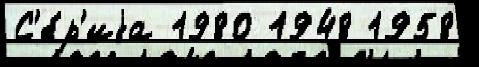
С'е́р'иjа 1980 1948 1958